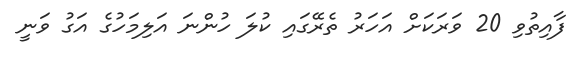
ފާއިތުވި 20 ވަރަކަށް އަހަރު ތެރޭގައި ކުލަ ހުންނަ އަލިމަހުގެ އަގު ވަނީ